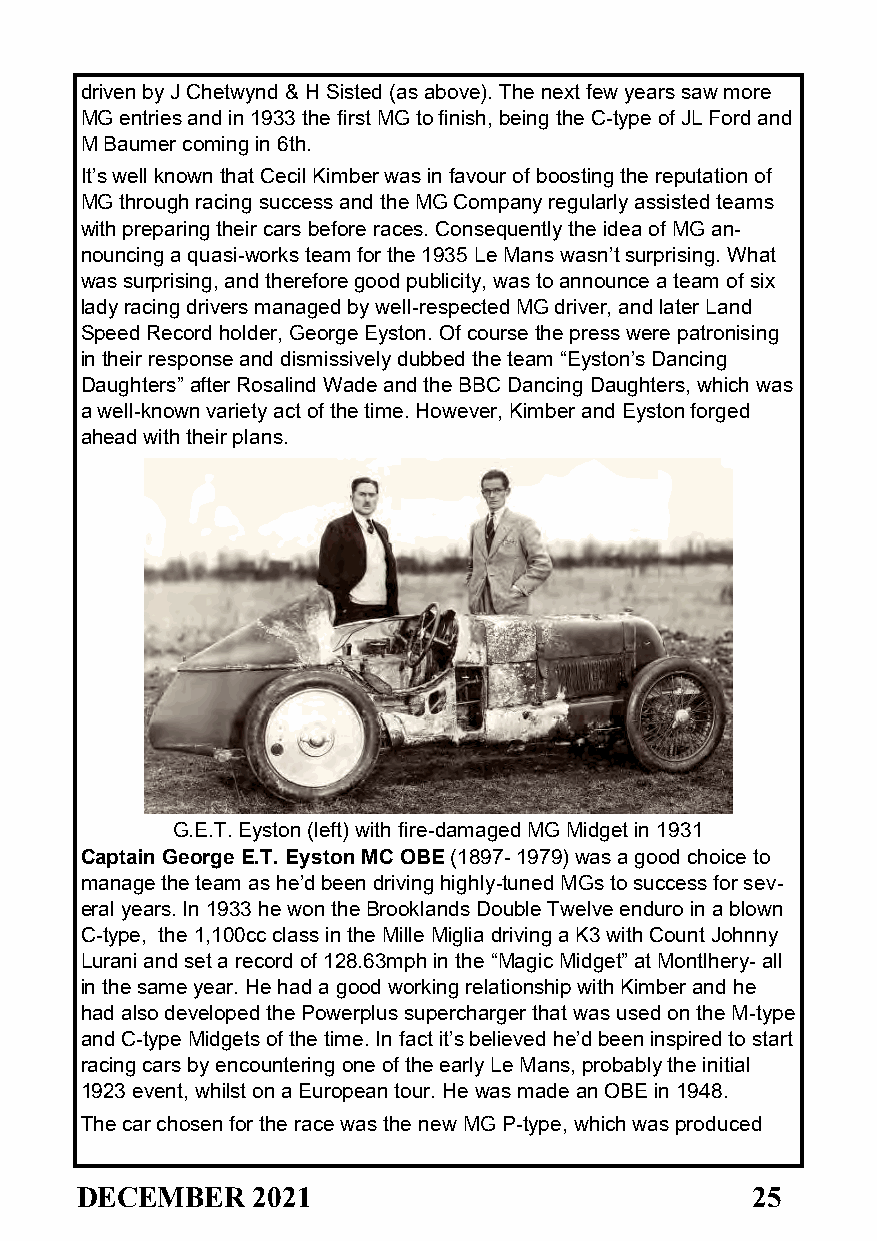
driven by J Chetwynd & H Sisted (as above). The next few years saw more
 MG entries and in 1933 the first MG to finish, being the C-type of JL Ford and
 M Baumer coming in 6th.
 It’s well known that Cecil Kimber was in favour of boosting the reputation of
 MG through racing success and the MG Company regularly assisted teams
 with preparing their cars before races. Consequently the idea of MG an-
 nouncing a quasi-works team for the 1935 Le Mans wasn’t surprising. What
 was surprising, and therefore good publicity, was to announce a team of six
 lady racing drivers managed by well-respected MG driver, and later Land
 Speed Record holder, George Eyston. Of course the press were patronising
 in their response and dismissively dubbed the team “Eyston’s Dancing
 Daughters” after Rosalind Wade and the BBC Dancing Daughters, which was
 a well-known variety act of the time. However, Kimber and Eyston forged
 ahead with their plans.
 G.E.T. Eyston (left) with fire-damaged MG Midget in 1931
 Captain George E.T. Eyston MC OBE (1897- 1979) was a good choice to
 manage the team as he’d been driving highly-tuned MGs to success for sev-
 eral years. In 1933 he won the Brooklands Double Twelve enduro in a blown
 C-type, the 1,100cc class in the Mille Miglia driving a K3 with Count Johnny
 Lurani and set a record of 128.63mph in the “Magic Midget” at Montlhery- all
 in the same year. He had a good working relationship with Kimber and he
 had also developed the Powerplus supercharger that was used on the M-type
 and C-type Midgets of the time. In fact it’s believed he’d been inspired to start
 racing cars by encountering one of the early Le Mans, probably the initial
 1923 event, whilst on a European tour. He was made an OBE in 1948.
 The car chosen for the race was the new MG P-type, which was produced
 DECEMBER    2021                             25